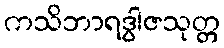
ကသိဘာရဒွါဇသုတ္တ